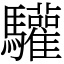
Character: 驩